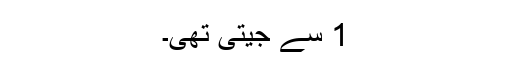
1 سے جیتی تھی۔